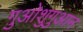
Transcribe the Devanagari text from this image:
ग़ुओशुगुआन